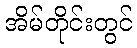
အိမ်တိုင်းတွင်